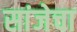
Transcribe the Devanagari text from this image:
सांजेचा